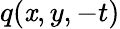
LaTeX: q(\mathit{x},y,-t)